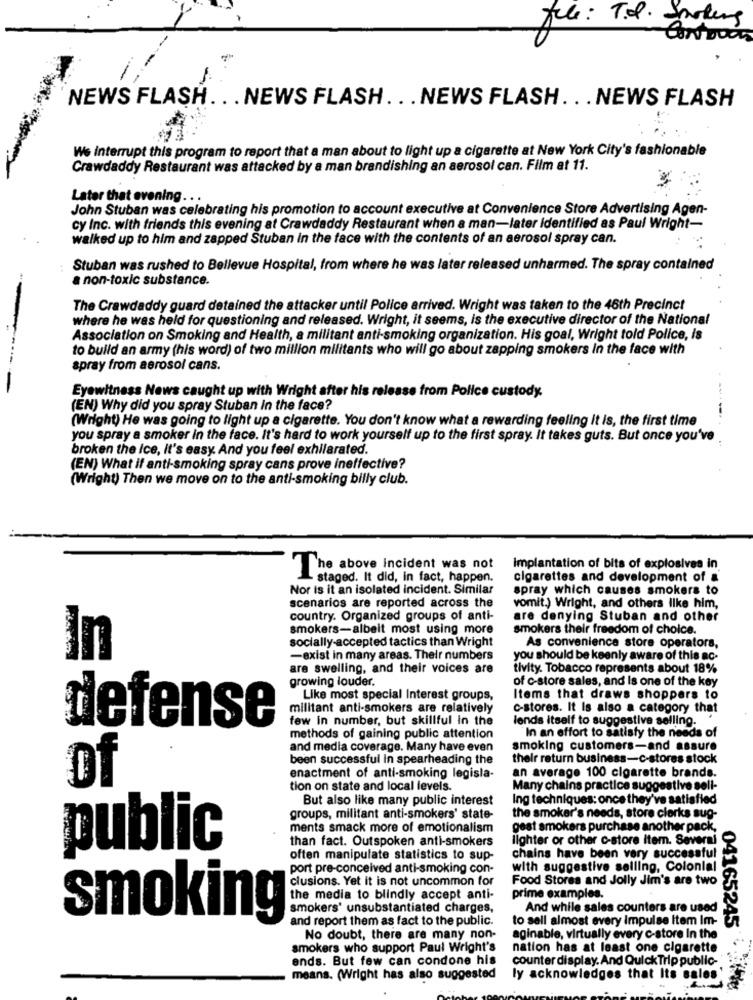
file: T.o. carters
---
-
NEWS FLASH ... NEWS FLASH . . . NEWS FLASH . . . NEWS FLASH
We Interrupt this program to report that a man about to light up a cigarette at New York City's fashionable
Crawdaddy Restaurant was attacked by a man brandishing an aerosol can. Film at 11.
Later that evening ..
John Stuban was celebrating his promotion to account executive at Convenience Store Advertising Agen-
cy Inc. with friends this evening at Crawdaddy Restaurant when a man-later Identified as Paul Wright-
walked up to him and zapped Stuban in the face with the contents of an aerosol spray can.
Stuban was rushed to Bellevue Hospital, from where he was later released unharmed. The spray contained
a non-toxic substance.
The Crawdaddy guard detained the attacker until Police arrived. Wright was taken to the 46th Precinct
where he was held for questioning and released. Wright, it seems, is the executive director of the National
Association on Smoking and Health, a militant anti-smoking organization. His goal, Wright told Police, is
to build an army (his word) of two million militants who will go about zapping smokers in the face with
spray from aerosol cans.
Eyewitness News caught up with Wright after his release from Police custody.
(EN) Why did you spray Stuban In the face?
(Wright) He was going to light up a cigarette. You don't know what a rewarding feeling it is, the first time
----..
you spray a smoker in the face. It's hard to work yourself up to the first spray. It takes guts. But once you've
broken the Ice, it's easy. And you feel exhilarated.
(EN) What if anti-smoking spray cans prove ineffective?
(Wright) Then we move on to the anti-smoking billy club.
The above Incident was not
Implantation of bits of explosives in
staged. It did, in fact, happen.
cigarettes and development of a
Nor is it an isolated incident. Similar
spray which causes smokers to
scenarios are reported across the
vomit.) Wright, and others like him,
country. Organized groups of anti-
are denying Stuban and other
smokers-albeit most using more
smokers their freedom of choice.
socially-accepted tactics than Wright
As convenience store operators,
in
-exist in many areas. Their numbers
you should be keenly aware of this ac-
are swelling, and their voices are
tivity. Tobacco represents about 18%
growing louder.
of c-store sales, and Is one of the key
Like most special Interest groups,
Items that draws shoppers to
militant anti-smokers are relatively
c-stores. It Is also a category that
few in number, but skillful in the
lends itself to suggestive selling.
defense
methods of gaining public attention
In an effort to satisfy the needs of
and media coverage. Many have even
smoking customers-and assure
been successful In spearheading the
their return business-c-stores stock
of
enactment of anti-smoking legisla-
an average 100 cigarette brands.
tion on state and local levels.
Many chains practice suggestive sell-
But also like many public interest
Ing techniques: once they've satisfied
groups, militant anti-smokers' state-
the smoker's needs, store clerks sug-
ments smack more of emotionalism
gest smokers purchase another pack,
than fact. Outspoken anti-smokers
lighter or other c-store item. Several
public
often manipulate statistics to sup-
chains have been very successful
port pre-conceived anti-smoking con-
with suggestive selling, Colonial
clusions. Yet it is not uncommon for
Food Stores and Jolly Jim's are two
the media to blindly accept anti-
prime examples.
smokers' unsubstantiated charges,
And while sales counters are used
smoking
and report them as fact to the public.
to sell almost every impulse item Im-
04165245
No doubt, there are many non-
aginable, virtually every c-store In the
smokers who support Paul Wright's
nation has at least one cigarette
ends. But few can condone his
counter display. And Quick Trip public-
means. (Wright has also suggested
ly acknowledges that Its sales'